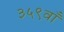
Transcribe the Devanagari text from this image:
३५९वाँ